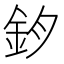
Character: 𨥘